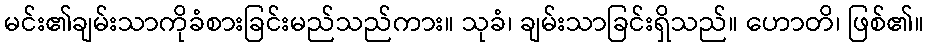
မင်း၏ချမ်းသာကိုခံစားခြင်းမည်သည်ကား။ သုခံ၊ ချမ်းသာခြင်းရှိသည်။ ဟောတိ၊ ဖြစ်၏။